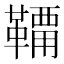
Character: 𩌸